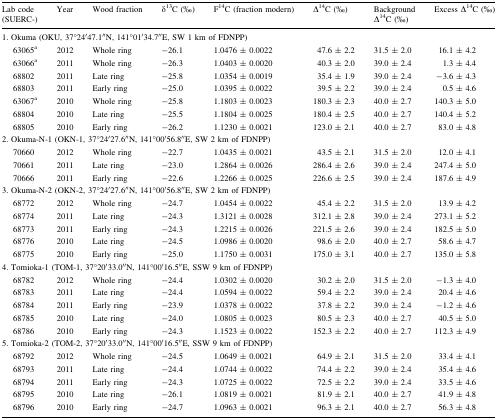
<table><thead><tr><td><b>Lab code(SUERC-)</b></td><td><b>Year</b></td><td><b>Wood fraction</b></td><td><b>δ<sup>13</sup>C (‰)</b></td><td><b>F<sup>14</sup>C (fraction modern)</b></td><td><b>∆<sup>14</sup>C (‰)</b></td><td><b>Background ∆<sup>14</sup>C (‰)</b></td><td><b>Excess ∆<sup>14</sup>C (‰)</b></td></tr></thead><tbody><tr><td colspan="8">1. Okuma (OKU, 37°24′47.1′′N, 141°01′34.7′′E, SW 1 km of FDNPP)</td></tr><tr><td>63065<sup>a</sup></td><td>2012</td><td>Whole ring</td><td>−26.1</td><td>1.0476 ± 0.0022</td><td>47.6 ± 2.2</td><td>31.5 ± 2.0</td><td>16.1 ± 4.2</td></tr><tr><td>63066<sup>a</sup></td><td>2011</td><td>Whole ring</td><td>−26.3</td><td>1.0403 ± 0.0020</td><td>40.3 ± 2.0</td><td>39.0 ± 2.4</td><td>1.3 ± 4.4</td></tr><tr><td>68802</td><td>2011</td><td>Late ring</td><td>−25.8</td><td>1.0354 ± 0.0019</td><td>35.4 ± 1.9</td><td>39.0 ± 2.4</td><td>−3.6 ± 4.3</td></tr><tr><td>68803</td><td>2011</td><td>Early ring</td><td>−25.0</td><td>1.0395 ± 0.0022</td><td>39.5 ± 2.2</td><td>39.0 ± 2.4</td><td>0.5 ± 4.6</td></tr><tr><td>63067<sup>a</sup></td><td>2010</td><td>Whole ring</td><td>−25.8</td><td>1.1803 ± 0.0023</td><td>180.3 ± 2.3</td><td>40.0 ± 2.7</td><td>140.3 ± 5.0</td></tr><tr><td>68804</td><td>2010</td><td>Late ring</td><td>−25.5</td><td>1.1804 ± 0.0025</td><td>180.4 ± 2.5</td><td>40.0 ± 2.7</td><td>140.4 ± 5.2</td></tr><tr><td>68805</td><td>2010</td><td>Early ring</td><td>−26.2</td><td>1.1230 ± 0.0021</td><td>123.0 ± 2.1</td><td>40.0 ± 2.7</td><td>83.0 ± 4.8</td></tr><tr><td colspan="8">2. Okuma-N-1 (OKN-1, 37°24′27.6′′N, 141°00′56.8′′E, SW 2 km of FDNPP)</td></tr><tr><td>70660</td><td>2012</td><td>Whole ring</td><td>−22.7</td><td>1.0435 ± 0.0021</td><td>43.5 ± 2.1</td><td>31.5 ± 2.0</td><td>12.0 ± 4.1</td></tr><tr><td>70661</td><td>2011</td><td>Late ring</td><td>−23.0</td><td>1.2864 ± 0.0026</td><td>286.4 ± 2.6</td><td>39.0 ± 2.4</td><td>247.4 ± 5.0</td></tr><tr><td>70666</td><td>2011</td><td>Early ring</td><td>−22.6</td><td>1.2266 ± 0.0025</td><td>226.6 ± 2.5</td><td>39.0 ± 2.4</td><td>187.6 ± 4.9</td></tr><tr><td colspan="8">3. Okuma-N-2 (OKN-2, 37°24′27.6′′N, 141°00′56.8′′E, SW 2 km of FDNPP)</td></tr><tr><td>68772</td><td>2012</td><td>Whole ring</td><td>−24.7</td><td>1.0454 ± 0.0022</td><td>45.4 ± 2.2</td><td>31.5 ± 2.0</td><td>13.9 ± 4.2</td></tr><tr><td>68774</td><td>2011</td><td>Late ring</td><td>−24.3</td><td>1.3121 ± 0.0028</td><td>312.1 ± 2.8</td><td>39.0 ± 2.4</td><td>273.1 ± 5.2</td></tr><tr><td>68773</td><td>2011</td><td>Early ring</td><td>−24.3</td><td>1.2215 ± 0.0026</td><td>221.5 ± 2.6</td><td>39.0 ± 2.4</td><td>182.5 ± 5.0</td></tr><tr><td>68776</td><td>2010</td><td>Late ring</td><td>−24.5</td><td>1.0986 ± 0.0020</td><td>98.6 ± 2.0</td><td>40.0 ± 2.7</td><td>58.6 ± 4.7</td></tr><tr><td>68775</td><td>2010</td><td>Early ring</td><td>−25.0</td><td>1.1750 ± 0.0031</td><td>175.0 ± 3.1</td><td>40.0 ± 2.7</td><td>135.0 ± 5.8</td></tr><tr><td colspan="8">4. Tomioka-1 (TOM-1, 37°20′33.0′′N, 141°00′16.5′′E, SSW 9 km of FDNPP)</td></tr><tr><td>68782</td><td>2012</td><td>Whole ring</td><td>−24.4</td><td>1.0302 ± 0.0020</td><td>30.2 ± 2.0</td><td>31.5 ± 2.0</td><td>−1.3 ± 4.0</td></tr><tr><td>68783</td><td>2011</td><td>Late ring</td><td>−24.4</td><td>1.0594 ± 0.0022</td><td>59.4 ± 2.2</td><td>39.0 ± 2.4</td><td>20.4 ± 4.6</td></tr><tr><td>68784</td><td>2011</td><td>Early ring</td><td>−23.9</td><td>1.0378 ± 0.0022</td><td>37.8 ± 2.2</td><td>39.0 ± 2.4</td><td>−1.2 ± 4.6</td></tr><tr><td>68785</td><td>2010</td><td>Late ring</td><td>−24.0</td><td>1.0805 ± 0.0023</td><td>80.5 ± 2.3</td><td>40.0 ± 2.7</td><td>40.5 ± 5.0</td></tr><tr><td>68786</td><td>2010</td><td>Early ring</td><td>−24.3</td><td>1.1523 ± 0.0022</td><td>152.3 ± 2.2</td><td>40.0 ± 2.7</td><td>112.3 ± 4.9</td></tr><tr><td colspan="8">5. Tomioka-2 (TOM-2, 37°20′33.0′′N, 141°00′16.5′′E, SSW 9 km of FDNPP)</td></tr><tr><td>68792</td><td>2012</td><td>Whole ring</td><td>−24.5</td><td>1.0649 ± 0.0021</td><td>64.9 ± 2.1</td><td>31.5 ± 2.0</td><td>33.4 ± 4.1</td></tr><tr><td>68793</td><td>2011</td><td>Late ring</td><td>−24.4</td><td>1.0744 ± 0.0022</td><td>74.4 ± 2.2</td><td>39.0 ± 2.4</td><td>35.4 ± 4.6</td></tr><tr><td>68794</td><td>2011</td><td>Early ring</td><td>−24.3</td><td>1.0725 ± 0.0022</td><td>72.5 ± 2.2</td><td>39.0 ± 2.4</td><td>33.5 ± 4.6</td></tr><tr><td>68795</td><td>2010</td><td>Late ring</td><td>−26.1</td><td>1.0819 ± 0.0021</td><td>81.9 ± 2.1</td><td>40.0 ± 2.7</td><td>41.9 ± 4.8</td></tr><tr><td>68796</td><td>2010</td><td>Early ring</td><td>−24.7</td><td>1.0963 ± 0.0021</td><td>96.3 ± 2.1</td><td>40.0 ± 2.7</td><td>56.3 ± 4.8</td></tr></tbody></table>